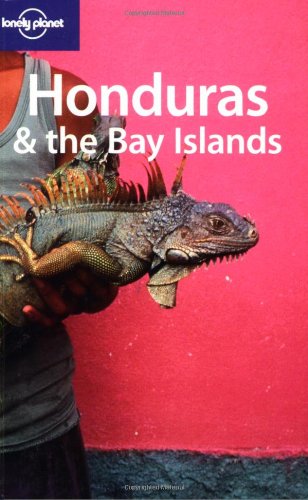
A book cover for Lonely Planet Honduras & the Bay Islands (Country Guide); Gary Chandler; Travel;